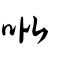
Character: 吡